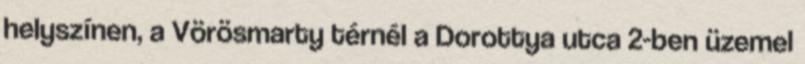
helyszínen, a Vörösmarty térnél a Dorottya utca 2-ben üzemel